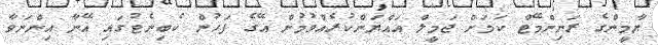
ޔާމީންގެ ރަނިންމޭޓް ކަމަށް ޖަމީލް އައްޔަންކުރެއްވުމުން އޭގެ ފަހުން ކެބިނެޓުގައި އޭނާ އިންނަވާ